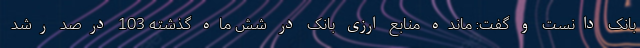
بانک دانست و گفت: مانده منابع ارزی بانک در شش ماه گذشته 103 درصد رشد